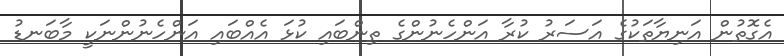
އެގޮތުން އަނިޔާތަކުގެ އަސަރު ކުރާ އަންހެނުންގެ ތިންބައި ކުޅަ އެއްބައި އަންހެނުންނަކީ މާބަނޑު